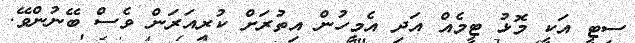
ސިޓީ އަކީ މޮޅު ޓީމެއް އަދި އެމީހުން އިތުރަށް ކުރިއަރަން ވެސް ބޭނުންވޭ.